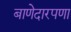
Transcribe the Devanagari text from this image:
बाणेदारपणा